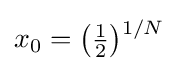
\textstyle x_{0}={\bigl (}{\tfrac {1}{2}}{\bigr )}{\vphantom {)}}^{1/N}